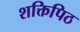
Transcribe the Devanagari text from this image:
शक्तिपिठ